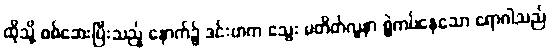
ထိုသို့ စစ်ဆေးပြီးသည့် နောက်၌ ဒင်းဗာက သွေး မတိတ်လူနာ စွဲကပ်နေသော ရောဂါသည်